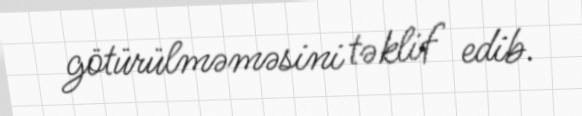
götürülməməsini təklif edib.